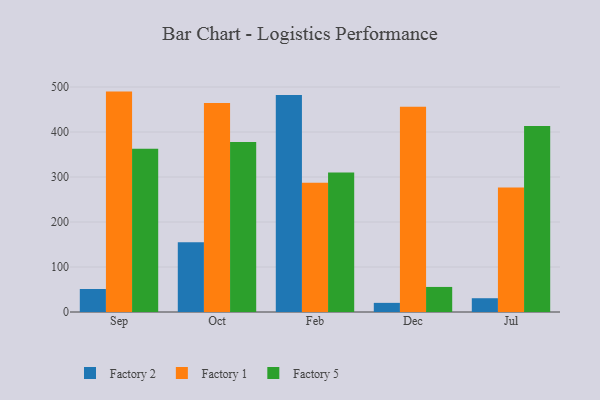
{"axis": {"x": "Month", "y": "Population (Million)"}, "legend": ["Factory 1", "Factory 2", "Factory 5"], "data": [{"x": "Sep", "y": 51.1, "type": "Factory 2"}, {"x": "Sep", "y": 489.8, "type": "Factory 1"}, {"x": "Sep", "y": 363.0, "type": "Factory 5"}, {"x": "Oct", "y": 154.9, "type": "Factory 2"}, {"x": "Oct", "y": 464.5, "type": "Factory 1"}, {"x": "Oct", "y": 377.8, "type": "Factory 5"}, {"x": "Feb", "y": 482.4, "type": "Factory 2"}, {"x": "Feb", "y": 287.4, "type": "Factory 1"}, {"x": "Feb", "y": 310.2, "type": "Factory 5"}, {"x": "Dec", "y": 20.3, "type": "Factory 2"}, {"x": "Dec", "y": 456.0, "type": "Factory 1"}, {"x": "Dec", "y": 55.7, "type": "Factory 5"}, {"x": "Jul", "y": 30.6, "type": "Factory 2"}, {"x": "Jul", "y": 276.7, "type": "Factory 1"}, {"x": "Jul", "y": 413.4, "type": "Factory 5"}]}